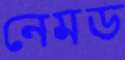
নেমড